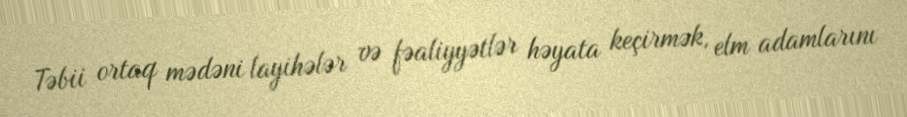
Təbii ortaq mədəni layihələr və fəaliyyətlər həyata keçirmək, elm adamlarını